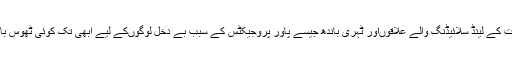
لگاتار آفات کی مار جھیل رہی اس ریاست کے لینڈ سلائیڈنگ والے علاقوںاور ٹہری باندھ جیسے پاور پروجیکٹس کے سبب بے دخل لوگوںکے لیے ابھی تک کوئی ٹھوس بازآبادکاری کی پالیسی نہیںبنائی گئی ہے۔